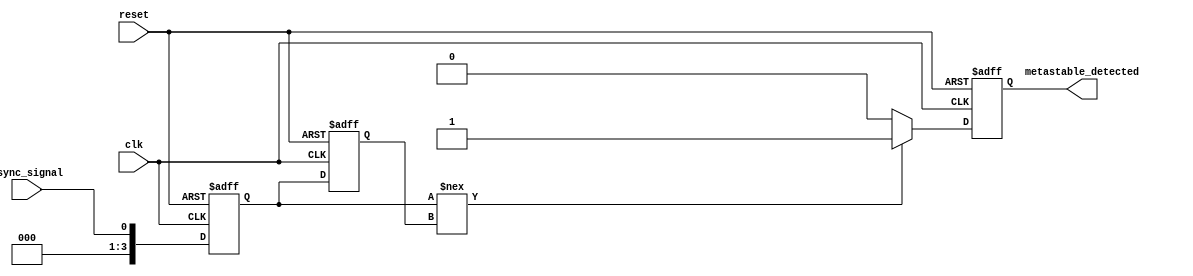
module metastability_detector (
    input wire clk,               // Clock signal
    input wire reset,             // Reset signal
    input wire async_signal,      // Asynchronous input signal
    output reg metastable_detected // Output indicating metastability
);

// Parameters
parameter NUM_SAMPLES = 4; // Number of samples to store in memory

// Internal signals
reg [NUM_SAMPLES-1:0] latch1; // First latch
reg [NUM_SAMPLES-1:0] latch2; // Second latch
reg [NUM_SAMPLES-1:0] memory_block [0:NUM_SAMPLES-1]; // Memory block for storing samples
integer i;

// Latch behavior
always @(posedge clk or posedge reset) begin
    if (reset) begin
        latch1 <= 1'b0;
        latch2 <= 1'b0;
        metastable_detected <= 1'b0;
        // Clear memory block
        for (i = 0; i < NUM_SAMPLES; i = i + 1) begin
            memory_block[i] <= 1'b0;
        end
    end else begin
        // Sample the asynchronous signal
        latch1 <= async_signal; // Capture input signal
        latch2 <= latch1;       // Capture the output of the first latch

        // Store samples in memory block
        for (i = NUM_SAMPLES-1; i > 0; i = i - 1) begin
            memory_block[i] <= memory_block[i-1]; // Shift samples
        end
        memory_block[0] <= latch2; // Store the latest latch output

        // Metastability detection logic
        if (latch1 !== latch2) begin
            metastable_detected <= 1'b1; // Indicate metastability detected
        end else begin
            metastable_detected <= 1'b0; // Clear indication if stable
        end
    end
end

endmodule